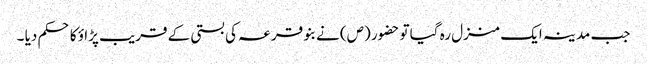
جب مدینہ ایک منزل رہ گیا تو حضور (ص) نے بنو قر عہ کی بستی کے قریب پڑا ؤ کا حکم دیا ۔